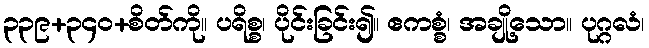
၃၃၉+၃၄၀+စိတ်ကို။ ပရိစ္စ၊ ပိုင်းခြင်း၍။ ဧကစ္စံ၊ အချို့သော။ ပုဂ္ဂလံ၊